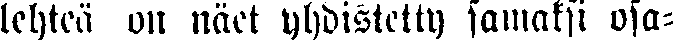
lehteä on näet yhdistetty samaksi osa-